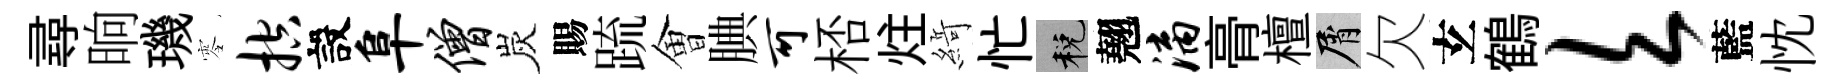
尋晌璣零控設阜僧炭賜䟽㑹腆可桮炷𦂶忙税翹漓𮌔檀屑欠𤣥鶴欠藍忱